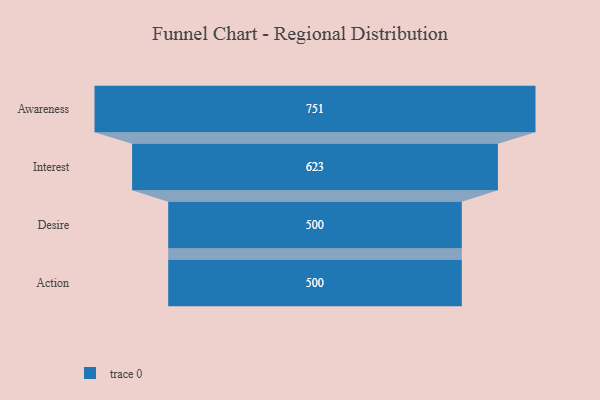
{"axis": {"x": "Stage", "y": "Value"}, "legend": [""], "data": [{"x": "Awareness", "y": 751.0, "type": ""}, {"x": "Interest", "y": 623.0, "type": ""}, {"x": "Desire", "y": 500, "type": ""}, {"x": "Action", "y": 500, "type": ""}]}